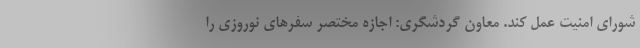
شورای امنیت عمل کند. معاون گردشگری: اجازه مختصر سفرهای نوروزی را